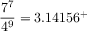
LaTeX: { \frac { 7 ^ { 7 } } { 4 ^ { 9 } } } = 3 . 1 4 1 5 6 ^ { + }